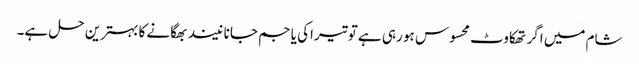
شام میں اگر تھکاوٹ محسوس ہو رہی ہے تو تیراکی یا جم جانا نیند بھگانے کا بہترین حل ہے۔